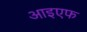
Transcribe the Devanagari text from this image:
आइएफ